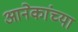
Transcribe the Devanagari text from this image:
आनेकांच्या